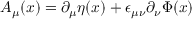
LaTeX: A _ { \mu } ( x ) = \partial _ { \mu } \eta ( x ) + \epsilon _ { \mu \nu } \partial _ { \nu } \Phi ( x )